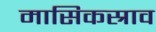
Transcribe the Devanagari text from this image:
मासिकस्राव